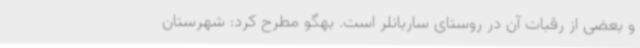
و بعضی از رقبات آن در روستای ساربانلر است. بهگو مطرح کرد: شهرستان